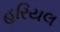
હરિયલ